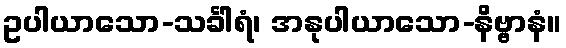
ဥပါယာသော-သင်္ခါရံ၊ အနုပါယာသော-နိဗ္ဗာနံ။